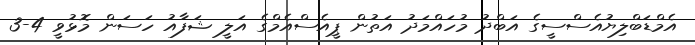
އެމްޑަބްލިޔުއެސްސީގެ އަބްދު މުހައްމަދު އަތުން ޕީއެސްއެމްގެ އަލީ ޝަފާއު ހަސަން މޮޅުވީ 4-3